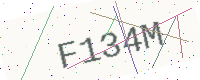
Text: F134M